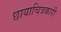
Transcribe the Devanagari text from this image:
छायाचित्रकारी